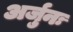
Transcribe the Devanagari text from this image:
अर्जुनः